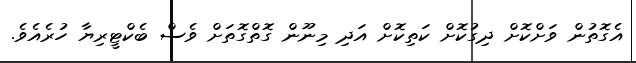
އެގޮތުން ވަށްކޮށް ދިގުކޮށް ކަތިކޮށް އަދި މިނޫން ގޮތްގޮތަށް ވެސް ބެކްޓީރިޔާ ހުރެއެވެ.